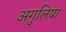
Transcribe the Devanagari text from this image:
अगुलिया